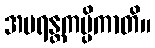
အပရန္တကပ္ပိကာတိ။